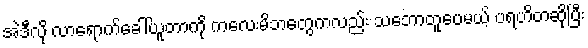
အဲဒီလို လာရောက်ခေါ်ယူတာကို ကလေးမိဘတွေကလည်း သဘောတူပေမယ့် ပရဟိတဆိုပြီး